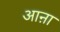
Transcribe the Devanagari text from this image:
आऩा